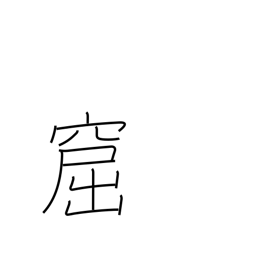
Meaning: cavern